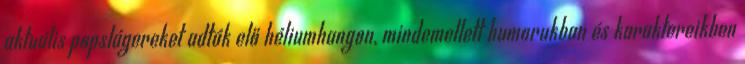
aktuális popslágereket adták elő héliumhangon, mindemellett humorukban és karaktereikben